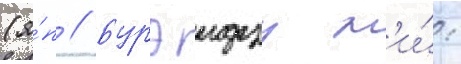
(я́п // Бурэидзу м'и́: